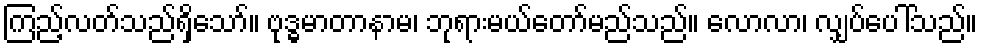
ကြည့်လတ်သည်ရှိသော်။ ဗုဒ္ဓမာတာနာမ၊ ဘုရားမယ်တော်မည်သည်။ လောလာ၊ လျှပ်ပေါ်သည်။